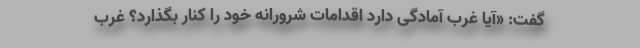
گفت: «آیا غرب آمادگی دارد اقدامات شرورانه خود را کنار بگذارد؟ غرب